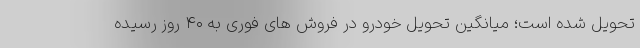
تحویل شده است؛ میانگین تحویل خودرو در فروش های فوری به ۴۰ روز رسیده